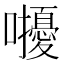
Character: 𡅒